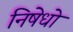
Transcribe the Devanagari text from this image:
निषेधो